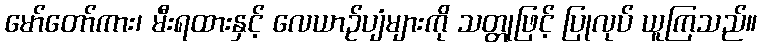
မော်တော်ကား၊ မီးရထားနှင့် လေယာဉ်ပျံများကို သတ္တုဖြင့် ပြုလုပ် ယူကြသည်။